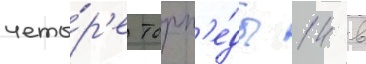
четы́р'е торп'е́ды 14 в